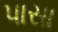
પાસા